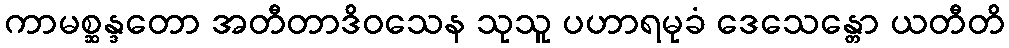
ကာမစ္ဆန္ဒတော အတီတာဒိဝသေန သုသူ ပဟာရမုခံ ဒေသေန္တော ယတီတိ